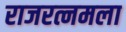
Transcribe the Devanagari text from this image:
राजरत्नमला